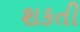
શકતી